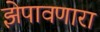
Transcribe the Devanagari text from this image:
झेपावणारा